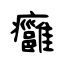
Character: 癰